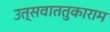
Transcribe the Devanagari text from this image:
उत्सवाततुकाराम